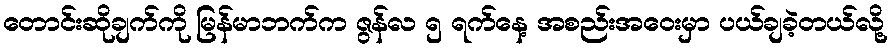
တောင်းဆိုချက်ကို မြန်မာဘက်က ဇွန်လ ၅ ရက်နေ့ အစည်းအဝေးမှာ ပယ်ချခဲ့တယ်လို့